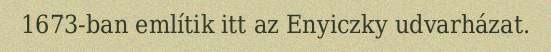
1673-ban említik itt az Enyiczky udvarházat.